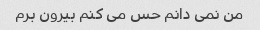
من نمی دانم حس می کنم بیرون برم